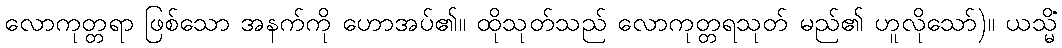
လောကုတ္တရာ ဖြစ်သော အနက်ကို ဟောအပ်၏။ ထိုသုတ်သည် လောကုတ္တရသုတ် မည်၏ ဟူလိုသော်)။ ယသ္မိံ